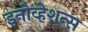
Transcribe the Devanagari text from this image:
इनोव्हेशन्स